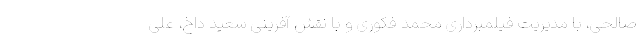
صالحی، با مدیریت فیلمبرداری محمد فکوری و با نقش آفرینی سعید داخ، علی